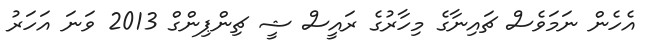
އެހެން ނަމަވެސް ޗައިނާގެ މިހާރުގެ ރައީސް ޝީ ޗިންޕިންގް 2013 ވަނަ އަހަރު